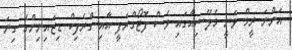
އަންނަ ރީމް ވަނީ މެލޭޝިއާގައި ވެސް ފޮޓޯގްރަފީ އާއި ގްރެފިކް ޑިޒައިނިންގެ ގިނަ